Annual statistical returns and brief notes on vaccination in Bengal - 1909-1929
Year: 1909
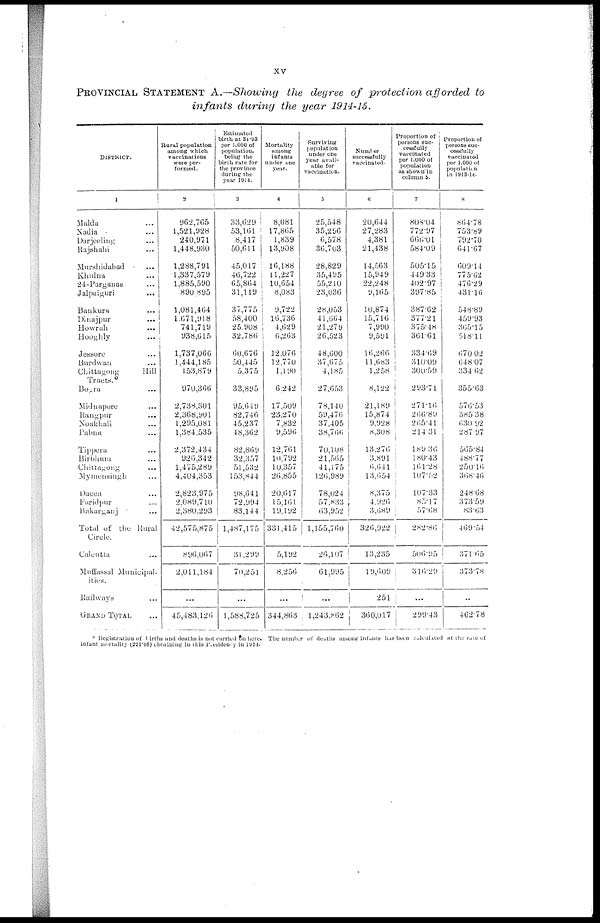
xv
PROVINCIAL STATEMENT A.—Showing the degree of protection afforded to
infants during the year 1914-15.
DISTRICT.
1
Malda ...
Nadia ...
Darjeeling ...
Rajshahi ...
Murshidabad ...
Khulna ...
24-Parganas ...
Jalpaiguri ...
Bankura ...
Dinajpur ...
Howrah ...
Hooghly ...
Jessore ...
Burdwan ...
Chittagong
Hill
Tracts.
Bogra ...
Midnapore ...
Rangpur ...
Noakhali ...
Pubna ...
Tippera ...
Birbhum ...
Chittagong ...
Mymensingh ...
Dacca ...
Faridpur ...
Bakarganj ...
Total of the Rural
Circle.
Calcutta ...
Muffassal Municipal-
ities.
Railways ...
GRAND TOTAL ...
Rural population
among which
vaccinations
were per-
formed.
2
962,765
1,521,928
240,971
1,448,930
1,288,791
1,337,579
1,885,590
890,895
1,081,464
1,071,918
741,719
938,615
1,737,066
1,444,185
153,879
970,366
2,738,301
2,368,901
1,295,081
1,384,535
2,372,434
926,342
1,475,289
4,404,353
2,823,975
2,089,710
2,380,293
42,575,875
896,067
2,011,184
...
45,483,120
Estimated
birth at 34.93
per 1,000 of
population,
being the
birth rate for
the province
during the
year 1914.
3
33,029
53,161
8,417
50,011
45,017
40,722
65,804
31,119
37,775
58,400
25,908
32,786
60,676
50,445
5,375
33,895
95,649
82,746
45,237
48,302
82,869
32,357
51,532
153,844
98,641
72,994
83,144
1,487,175
31,299
70,251
...
1,588,725
Mortality
among
infants
under one
year.
4
8,081
17,865
1,839
13,908
10,188
11,227
10,654
8,083
9,722
16,736
4,629
6,203
12,076
12,770
1,190
6,242
17,509
23,270
7,832
9,596
12,761
10,792
10,357
20,855
20,617
15,161
19,192
331,415
5,192
8,256
...
344,863
Surviving
population
year avail¬
able for
vaccination
5
25,548
35,296
6,578
36,703
28,829
35,495
55,210
23,036
28,053
41,664
21,279
26,523
48,600
37,675
4,185
27,653
78,140
59,476
37,405
38,766
70,108
21,565
41,175
126,989
78,024
57,833
63,952
1,155,760
26,107
61,995
...
1,243,802
Number
successfully
vaccinated.
6
20,044
27,283
4,381
21,438
14,563
15,949
22,248
9,105
10,874
15,716
7,990
9,591
10,266
11,683
1,258
8,122
21,189
15,874
9,928
8,308
13,276
3,891
6,641
13,054
8,375
4,920
3,089
326,922
13,235
19,609
251
360,017
Proportion of
persons suc-
cessfully
vaccinated
per 1,000 of
population
as shown in
column 5.
7
808.04
772.97
666.01
584.09
505.15
449.33
402.97
397.85
387.02
377.21
375.48
361.61
334.69
310.09
300.59
293.71
271.10
200.89
265.41
214.31
189.30
180.43
161.28
107.52
107.33
85.17
57.68
282.86
500.95
316.29
...
299.43
Proportion of
per 1,000 of
population
in 1913-14.
8
804.78
753.89
792.70
641.67
609.14
775.02
476.29
431.16
548.89
459.93
305.15
518.11
670.02
648.07
334.02
355.63
576.53
385.38
630.92
287.97
505.84
488.77
250.16
368.46
248.68
373.59
83.63
409.54
371.65
373.78
...
462.78
* Registration of births and deaths is not carried on here. The number of deaths among infants has been calculated at the rate of
infant mortality (221.46) obtaining in this Presidency in 1914.